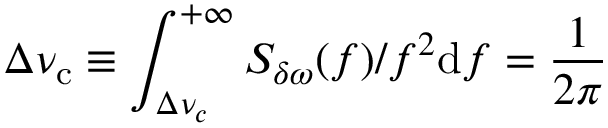
\Delta \nu _ { \mathrm { c } } \equiv \int _ { \Delta \nu _ { c } } ^ { + \infty } S _ { \delta \omega } ( f ) / f ^ { 2 } \mathrm { d } f = \frac { 1 } { 2 \pi }